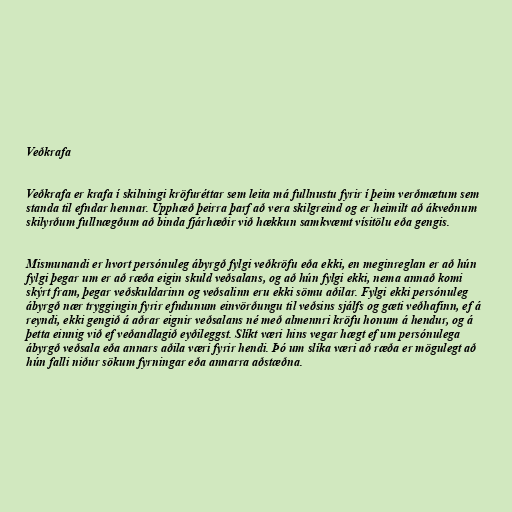
Veðkrafa

Veðkrafa er krafa í skilningi kröfuréttar sem leita má fullnustu fyrir í þeim verðmætum sem
standa til efndar hennar. Upphæð þeirra þarf að vera skilgreind og er heimilt að ákveðnum
skilyrðum fullnægðum að binda fjárhæðir við hækkun samkvæmt vísitölu eða gengis.

Mismunandi er hvort persónuleg ábyrgð fylgi veðkröfu eða ekki, en meginreglan er að hún
fylgi þegar um er að ræða eigin skuld veðsalans, og að hún fylgi ekki, nema annað komi
skýrt fram, þegar veðskuldarinn og veðsalinn eru ekki sömu aðilar. Fylgi ekki persónuleg
ábyrgð nær tryggingin fyrir efndunum einvörðungu til veðsins sjálfs og gæti veðhafinn, ef á
reyndi, ekki gengið á aðrar eignir veðsalans né með almennri kröfu honum á hendur, og á
þetta einnig við ef veðandlagið eyðileggst. Slíkt væri hins vegar hægt ef um persónulega
ábyrgð veðsala eða annars aðila væri fyrir hendi. Þó um slíka væri að ræða er mögulegt að
hún falli niður sökum fyrningar eða annarra aðstæðna.